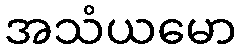
အသံယမော